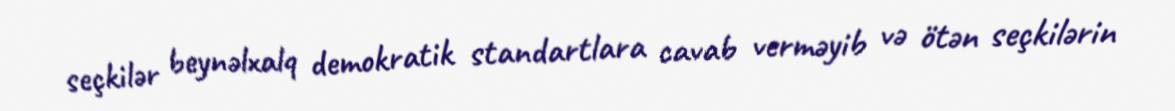
seçkilər beynəlxalq demokratik standartlara cavab verməyib və ötən seçkilərin